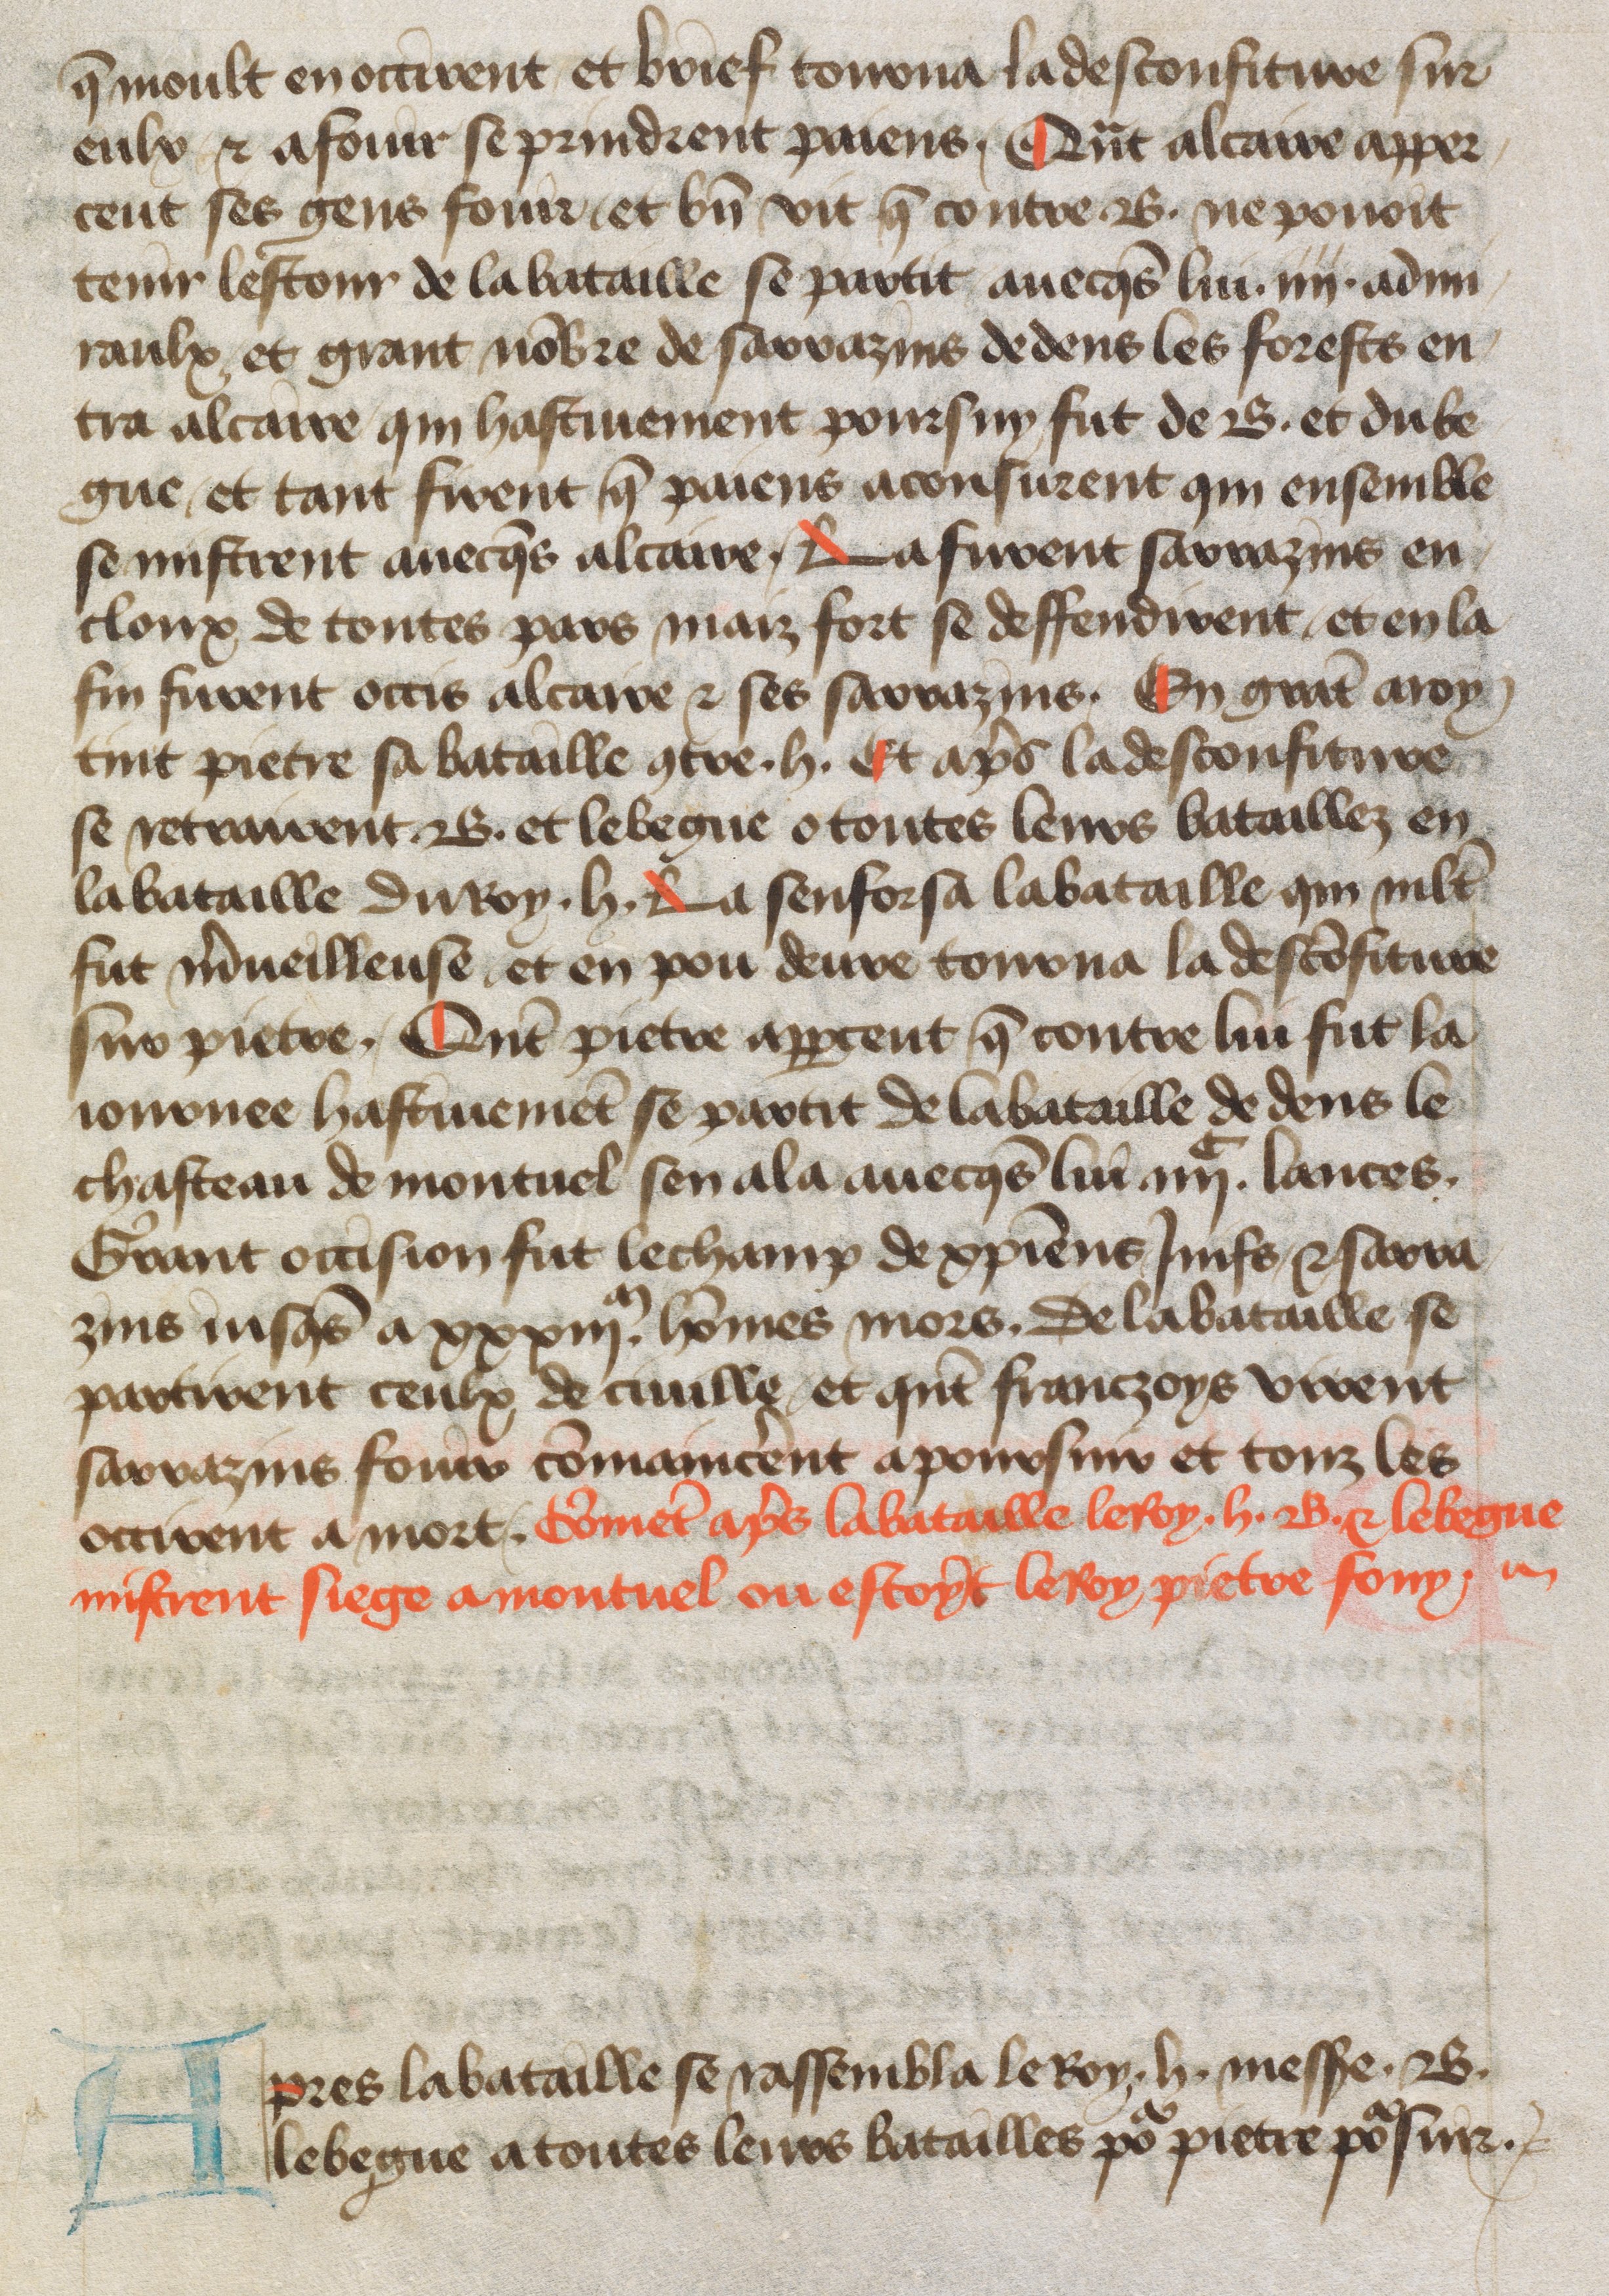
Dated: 1400–1499